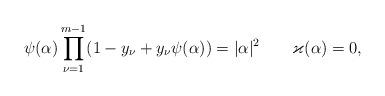
LaTeX: \begin{align*} \psi(\alpha)\prod_{\nu=1}^{m-1}(1-y_{\nu}+y_{\nu}\psi(\alpha))=|\alpha|^2 \qquad \varkappa(\alpha)=0,\end{align*}